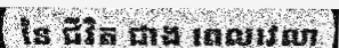
នៃ ជីវិត ជាង ពេលវេលា